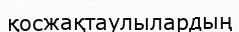
қосжақтаулылардың